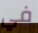
في